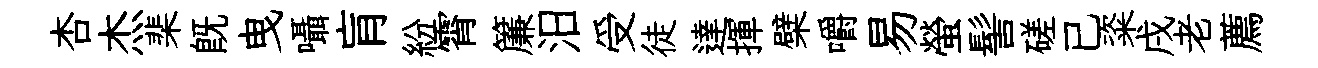
杏杰棐旣曳囁肓紛霄簾汨受徒達揮檗嚼易螢髻磋已粢戌老薦